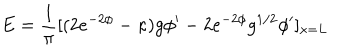
LaTeX: E = { \frac { 1 } { \pi } } [ ( 2 e ^ { - 2 \phi } - \kappa ) g \phi ^ { \prime } - 2 e ^ { - 2 \phi } g ^ { 1 / 2 } \phi ^ { \prime } ] _ { x = L }